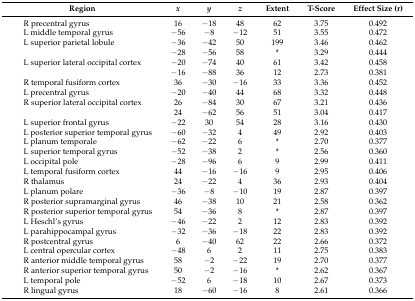
<table><thead><tr><td><b>Region</b></td><td><b><i>x</i></b></td><td><b><i>y</i></b></td><td><b><i>z</i></b></td><td><b>Extent</b></td><td><b>T-Score</b></td><td><b>Effect Size (r)</b></td></tr></thead><tbody><tr><td>R precentral gyrus</td><td>16</td><td>−18</td><td>48</td><td>62</td><td>3.75</td><td>0.492</td></tr><tr><td>L middle temporal gyrus</td><td>−56</td><td>−8</td><td>−12</td><td>51</td><td>3.55</td><td>0.472</td></tr><tr><td>L superior parietal lobule</td><td>−36</td><td>−42</td><td>50</td><td>199</td><td>3.46</td><td>0.462</td></tr><tr><td></td><td>−28</td><td>−56</td><td>58</td><td>*</td><td>3.29</td><td>0.444</td></tr><tr><td>L superior lateral occipital cortex</td><td>−20</td><td>−74</td><td>40</td><td>61</td><td>3.42</td><td>0.458</td></tr><tr><td></td><td>−16</td><td>−88</td><td>36</td><td>12</td><td>2.73</td><td>0.381</td></tr><tr><td>R temporal fusiform cortex</td><td>36</td><td>−30</td><td>−16</td><td>33</td><td>3.36</td><td>0.452</td></tr><tr><td>L precentral gyrus</td><td>−20</td><td>−40</td><td>44</td><td>68</td><td>3.32</td><td>0.448</td></tr><tr><td>R superior lateral occipital cortex</td><td>26</td><td>−84</td><td>30</td><td>67</td><td>3.21</td><td>0.436</td></tr><tr><td></td><td>24</td><td>−62</td><td>56</td><td>51</td><td>3.04</td><td>0.417</td></tr><tr><td>L superior frontal gyrus</td><td>−22</td><td>30</td><td>54</td><td>28</td><td>3.16</td><td>0.430</td></tr><tr><td>L posterior superior temporal gyrus</td><td>−60</td><td>−32</td><td>4</td><td>49</td><td>2.92</td><td>0.403</td></tr><tr><td>L planum temporale</td><td>−62</td><td>−22</td><td>6</td><td>*</td><td>2.70</td><td>0.377</td></tr><tr><td>L superior temporal gyrus</td><td>−52</td><td>−38</td><td>2</td><td>*</td><td>2.56</td><td>0.360</td></tr><tr><td>L occipital pole</td><td>−28</td><td>−96</td><td>6</td><td>9</td><td>2.99</td><td>0.411</td></tr><tr><td>L temporal fusiform cortex</td><td>44</td><td>−16</td><td>−16</td><td>9</td><td>2.95</td><td>0.406</td></tr><tr><td>R thalamus</td><td>24</td><td>−22</td><td>4</td><td>36</td><td>2.93</td><td>0.404</td></tr><tr><td>L planum polare</td><td>−36</td><td>−8</td><td>−10</td><td>19</td><td>2.87</td><td>0.397</td></tr><tr><td>R posterior supramarginal gyrus</td><td>46</td><td>−38</td><td>10</td><td>21</td><td>2.58</td><td>0.362</td></tr><tr><td>R posterior superior temporal gyrus</td><td>54</td><td>−36</td><td>8</td><td>*</td><td>2.87</td><td>0.397</td></tr><tr><td>L Heschl’s gyrus</td><td>−46</td><td>−22</td><td>2</td><td>12</td><td>2.83</td><td>0.392</td></tr><tr><td>L parahippocampal gyrus</td><td>−32</td><td>−36</td><td>−18</td><td>22</td><td>2.83</td><td>0.392</td></tr><tr><td>R postcentral gyrus</td><td>6</td><td>−40</td><td>62</td><td>22</td><td>2.66</td><td>0.372</td></tr><tr><td>L central opercular cortex</td><td>−48</td><td>6</td><td>2</td><td>11</td><td>2.75</td><td>0.383</td></tr><tr><td>R anterior middle temporal gyrus</td><td>58</td><td>−2</td><td>−22</td><td>19</td><td>2.70</td><td>0.377</td></tr><tr><td>R anterior superior temporal gyrus</td><td>50</td><td>−2</td><td>−16</td><td>*</td><td>2.62</td><td>0.367</td></tr><tr><td>L temporal pole</td><td>−52</td><td>6</td><td>−18</td><td>10</td><td>2.67</td><td>0.373</td></tr><tr><td>R lingual gyrus</td><td>18</td><td>−60</td><td>−16</td><td>8</td><td>2.61</td><td>0.366</td></tr></tbody></table>